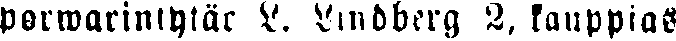
porwarintytär L. Lindberg 2, kauppias